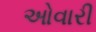
ઓવારી